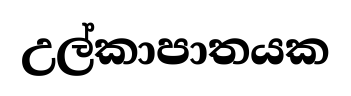
උල්කාපාතයක